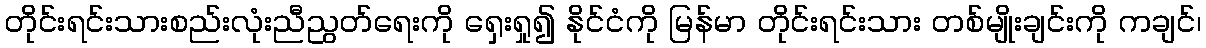
တိုင်းရင်းသားစည်းလုံးညီညွတ်ရေးကို ရှေးရှု၍ နိုင်ငံကို မြန်မာ တိုင်းရင်းသား တစ်မျိုးချင်းကို ကချင်၊